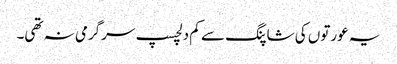
یہ عورتوں کی شاپنگ سے کم دلچسپ سرگرمی نہ تھی۔